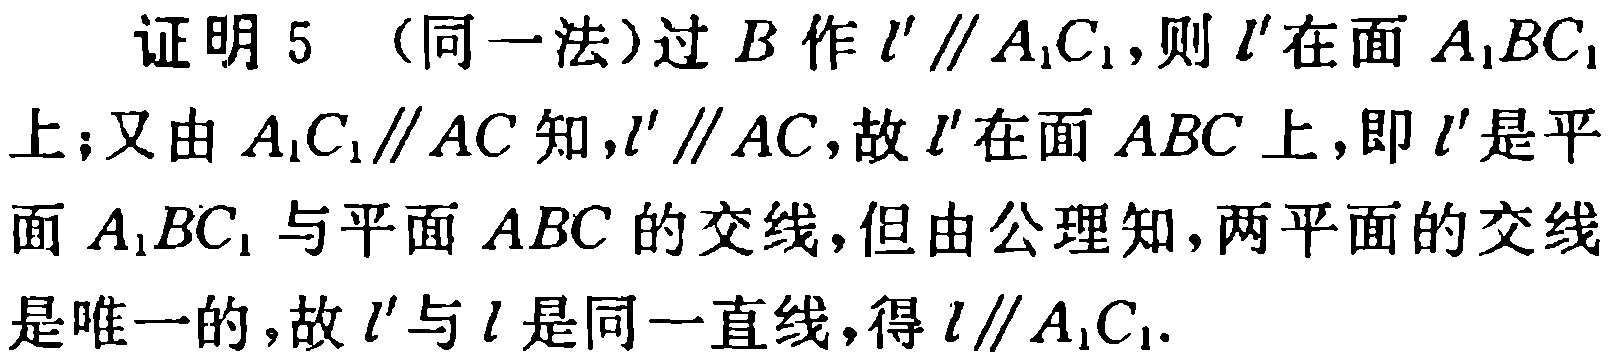
证明5（同一法）过\(B\)作\(l'\parallel A_{1}C_{1}\)，则\(l'\)在面\(A_{1}BC_{1}\)上；又由\(A_{1}C_{1}\parallel AC\)知，\(l'\parallel AC\)，故\(l'\)在面\(ABC\)上，即\(l'\)是平面\(A_{1}BC_{1}\)与平面\(ABC\)的交线，但由公理知，两平面的交线是唯一的，故\(l'\)与\(l\)是同一直线，得\(l\parallel A_{1}C_{1}\).